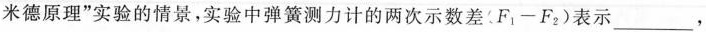
米德原理”实验的情景，实验中弹簧测力计的两次示数差：$$F _ { 1 } - F _ { 2 }$$)表示___，